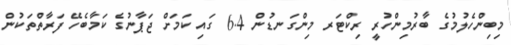
މިބިންހެލުމުގެ ބާރުމިންހުރީ ރިކްޓަރ މިންގަނޑުން 6.4 ގައި ކަމަށް ޖަޕާނުގެ ކަމާބެހޭ ފަރާތްތަކުން